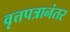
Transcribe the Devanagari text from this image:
वृत्तपत्रानंतर